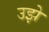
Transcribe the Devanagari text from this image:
उझे